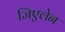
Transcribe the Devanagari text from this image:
जिएलेन